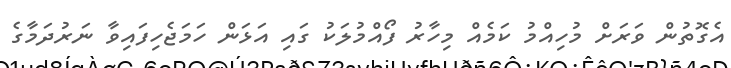
އެގޮތުން ވަރަށް މުހިއްމު ކަމެއް މިހާރު ފޯއްމުލަކު ގައި އަޅަން ހަމަޖެހިފައިވާ ނަރުދަމާގެ